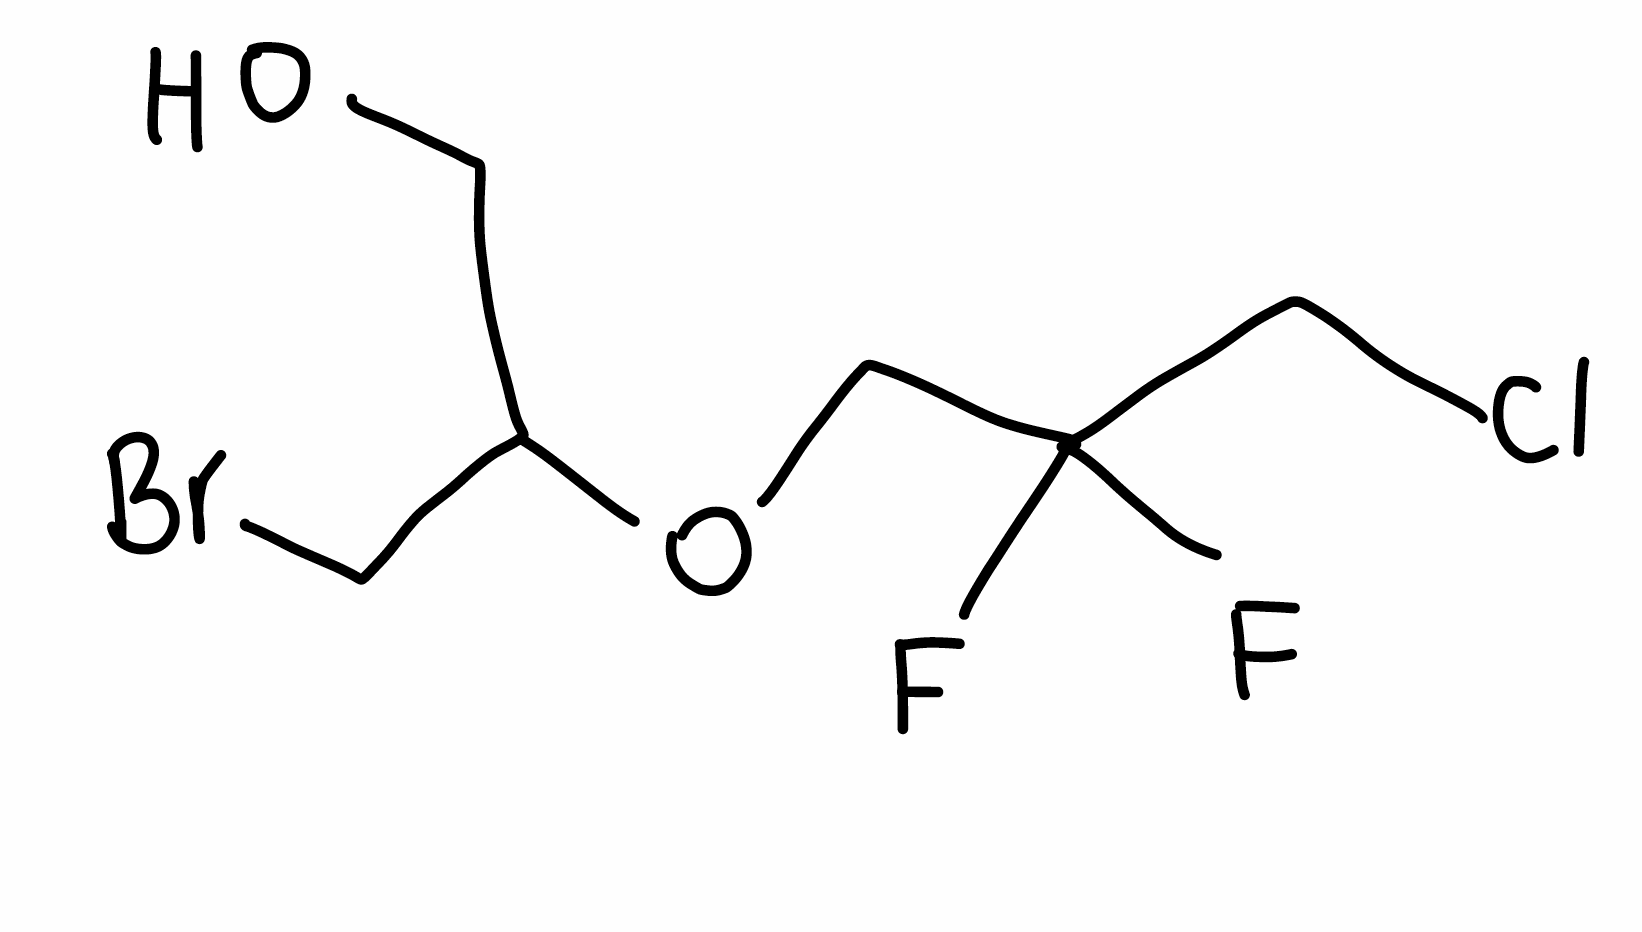
Simplified molecular-input line-entry system (SMILES) notation of the given molecule:
C(C(CBr)OCC(CCl)(F)F)O